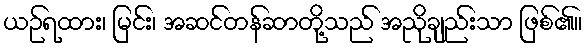
ယဉ်ရထား၊ မြင်း၊ အဆင်တန်ဆာတို့သည် အညိုချည်းသာ ဖြစ်၏။